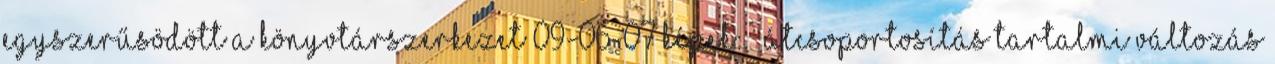
egyszerűsödött a könyvtárszerkezet 09-06-07 Képek: » átcsoportosítás tartalmi változás